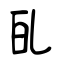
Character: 癿